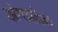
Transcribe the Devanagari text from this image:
अंगप्रदेश